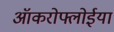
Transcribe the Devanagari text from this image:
ऑकरोफ्लोईया